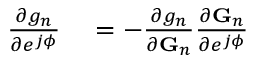
\begin{array} { r l } { { \frac { \partial g _ { n } } { \partial e ^ { j \phi } } } } & { { } = - { \frac { \partial g _ { n } } { \partial { \bf G } _ { n } } } { \frac { \partial { \bf G } _ { n } } { \partial e ^ { j \phi } } } } \end{array}